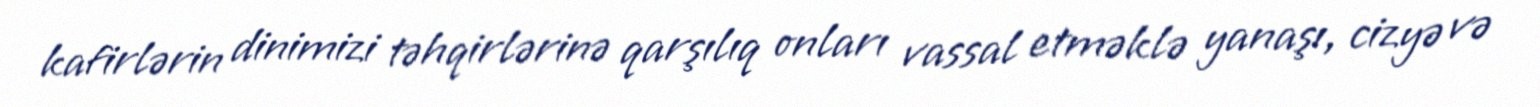
kafirlərin dinimizi təhqirlərinə qarşılıq onları vassal etməklə yanaşı, cizyə və